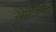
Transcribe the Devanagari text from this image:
नेहेमीकरिता